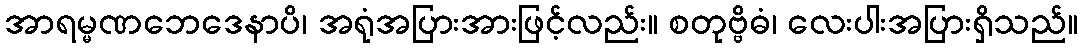
အာရမ္မဏဘေဒေနာပိ၊ အရုံအပြားအားဖြင့်လည်း။ စတုဗ္ဗိဓံ၊ လေးပါးအပြားရှိသည်။